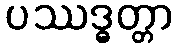
ပဿဒ္ဓတ္တာ